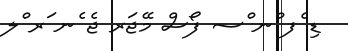
ޑި ެފ ްނ ްސ ފޯސް މޭޖަރ ޖެ ެނ ަރ ްލ